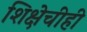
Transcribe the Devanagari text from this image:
शिक्षेचीही